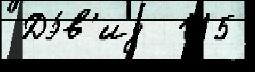
 Дэ́в'ид  115